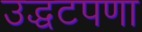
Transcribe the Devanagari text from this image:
उद्धटपणा